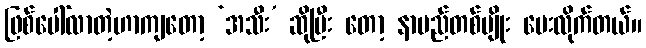
ဖြစ်ပေါ်လာတဲ့ဟာကျတော့ ‘အသီး’ ဆိုပြီး တော့ နာမည်တစ်မျိုး ပေးလိုက်တယ်။